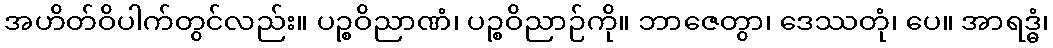
အဟိတ်ဝိပါက်တွင်လည်း။ ပဉ္စဝိညာဏံ၊ ပဉ္စဝိညာဉ်ကို။ ဘာဇေတွာ၊ ဒေဿတုံ၊ ပေ။ အာရဒ္ဓံ၊